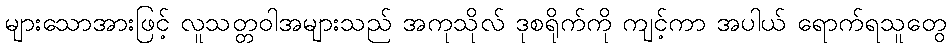
များသောအားဖြင့် လူသတ္တဝါအများသည် အကုသိုလ် ဒုစရိုက်ကို ကျင့်ကာ အပါယ် ရောက်ရသူတွေ